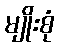
မျိုးစုံ